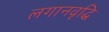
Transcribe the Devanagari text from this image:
लगानवृद्धि